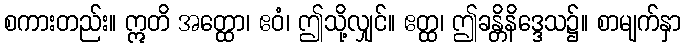
စကားတည်း။ ဣတိ အတ္ထော၊ ဧဝံ၊ ဤသို့လျှင်။ ဧတ္ထ၊ ဤခန္တိနိဒ္ဒေသ၌။ စာမျက်နှာ